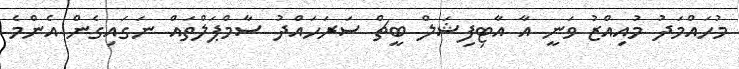
މުހައްމަދު މުއިއްޒު ވަނީ އާ އާޓިފިޝަލް ބީޗް ސަރަހައްދު ސާމްޕަލްތައް ނަގައިގެން އެންމެ